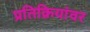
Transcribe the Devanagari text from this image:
प्रतिक्रियांवर